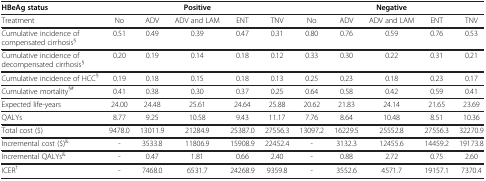
<table><thead><tr><td><b>HBeAg status</b></td><td><b> </b></td><td><b> </b></td><td><b>Positive</b></td><td><b> </b></td><td><b> </b></td><td><b> </b></td><td><b> </b></td><td><b>Negative</b></td><td><b> </b></td><td><b> </b></td></tr></thead><tbody><tr><td>Treatment</td><td>No</td><td>ADV</td><td>ADV and LAM</td><td>ENT</td><td>TNV</td><td>No</td><td>ADV</td><td>ADV and LAM</td><td>ENT</td><td>TNV</td></tr><tr><td>Cumulative incidence of compensated cirrhosis<sup>§</sup></td><td>0.51</td><td>0.49</td><td>0.39</td><td>0.47</td><td>0.31</td><td>0.80</td><td>0.76</td><td>0.59</td><td>0.76</td><td>0.53</td></tr><tr><td>Cumulative incidence of decompensated cirrhosis<sup>§</sup></td><td>0.20</td><td>0.19</td><td>0.14</td><td>0.18</td><td>0.12</td><td>0.33</td><td>0.30</td><td>0.22</td><td>0.31</td><td>0.21</td></tr><tr><td>Cumulative incidence of HCC<sup>§</sup></td><td>0.19</td><td>0.18</td><td>0.15</td><td>0.18</td><td>0.13</td><td>0.25</td><td>0.23</td><td>0.18</td><td>0.23</td><td>0.17</td></tr><tr><td>Cumulative mortality<sup>§#</sup></td><td>0.41</td><td>0.38</td><td>0.30</td><td>0.37</td><td>0.25</td><td>0.64</td><td>0.58</td><td>0.42</td><td>0.59</td><td>0.41</td></tr><tr><td>Expected life-years</td><td>24.00</td><td>24.48</td><td>25.61</td><td>24.64</td><td>25.88</td><td>20.62</td><td>21.83</td><td>24.14</td><td>21.65</td><td>23.69</td></tr><tr><td>QALYs</td><td>8.77</td><td>9.25</td><td>10.58</td><td>9.43</td><td>11.17</td><td>7.76</td><td>8.64</td><td>10.48</td><td>8.51</td><td>10.36</td></tr><tr><td>Total cost ($)</td><td>9478.0</td><td>13011.9</td><td>21284.9</td><td>25387.0</td><td>27556.3</td><td>13097.2</td><td>16229.5</td><td>25552.8</td><td>27556.3</td><td>32270.9</td></tr><tr><td>Incremental cost ($)<sup>&amp;</sup></td><td>-</td><td>3533.8</td><td>11806.9</td><td>15908.9</td><td>22452.4</td><td>-</td><td>3132.3</td><td>12455.6</td><td>14459.2</td><td>19173.8</td></tr><tr><td>Incremental QALYs<sup>&amp;</sup></td><td>-</td><td>0.47</td><td>1.81</td><td>0.66</td><td>2.40</td><td>-</td><td>0.88</td><td>2.72</td><td>0.75</td><td>2.60</td></tr><tr><td>ICER<sup>†</sup></td><td>-</td><td>7468.0</td><td>6531.7</td><td>24268.9</td><td>9359.8</td><td>-</td><td>3552.6</td><td>4571.7</td><td>19157.1</td><td>7370.4</td></tr></tbody></table>